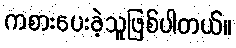
ကစားပေးခဲ့သူဖြစ်ပါတယ်။